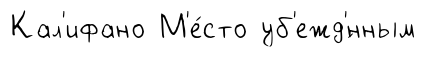
Кал'ифано М'е́сто уб'ежд'́нным